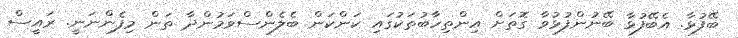
ބޭފުޅާ. އެބޭފުޅާ ބޭނުންފުޅުވާ ގޮތަށް އިންތިހާބުތަކުގައި ކަންކަން ބެލެންސްވަމުންދާ ތަން މިފެންނަނީ. ރައީސް